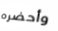
وأحضره